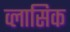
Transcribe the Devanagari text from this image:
व्लासिक